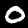
Label: 0